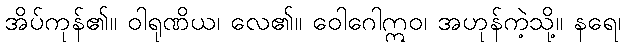
အိပ်ကုန်၏။ ဝါရုဏိယ၊ လေ၏။ ဝေါဂေါဣဝ၊ အဟုန်ကဲ့သို့။ နရေ၊